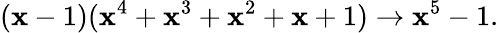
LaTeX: (\mathbf{x}-1)(\mathbf{x}^{4}+\mathbf{x}^{3}+\mathbf{x}^{2}+\mathbf{x}+1)\rightarrow\mathbf{x}^{5}-1.